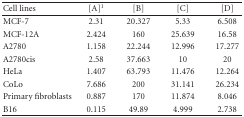
| Cell lines | [A]1 | [B] | [C] | [D] |
 | --- | --- | --- | --- | --- |
 | MCF-7 | 2.31 | 20.327 | 5.33 | 6.508 |
 | MCF-12A | 2.424 | 160 | 25.639 | 16.58 |
 | A2780 | 1.158 | 22.244 | 12.996 | 17.277 |
 | A2780cis | 2.58 | 37.663 | 10 | 20 |
 | HeLa | 1.407 | 63.793 | 11.476 | 12.264 |
 | CoLo | 7.686 | 200 | 31.141 | 26.234 |
 | Primary fibroblasts | 0.887 | 170 | 11.874 | 8.046 |
 | B16 | 0.115 | 49.89 | 4.999 | 2.738 |